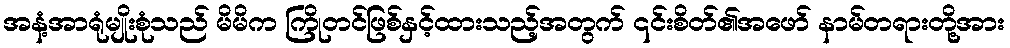
အနံ့အာရုံမျိုးစုံသည် မိမိက ကြိုတင်ဖြစ်နှင့်ထားသည့်အတွက် ၎င်းစိတ်၏အဖော် နာမ်တရားတို့အား